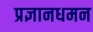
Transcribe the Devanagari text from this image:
प्रज्ञानधमन